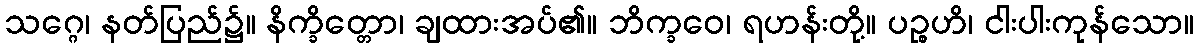
သဂ္ဂေ၊ နတ်ပြည်၌။ နိက္ခိတ္တော၊ ချထားအပ်၏။ ဘိက္ခဝေ၊ ရဟန်းတို့။ ပဉ္စဟိ၊ ငါးပါးကုန်သော။